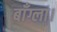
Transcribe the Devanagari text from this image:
बाँग्ला।